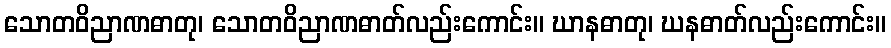
သောတဝိညာဏဓာတု၊ သောတဝိညာဏဓာတ်လည်းကောင်း။ ဃာနဓာတု၊ ဃနဓာတ်လည်းကောင်း။